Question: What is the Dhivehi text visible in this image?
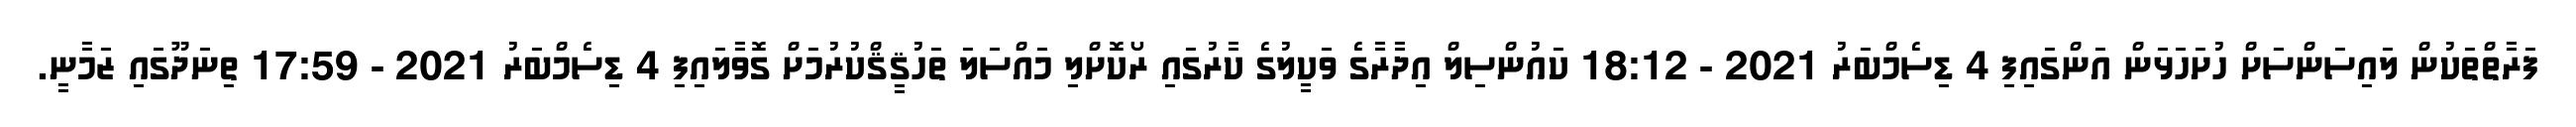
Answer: ފަރާތްތަކުން ލައިސަންސަަށް ހުށަހަޅަން އަންގައިފި 4 ޑިސެމްބަރު 2021 - 18:12 ކައުންސިލް އިދާރާގެ ވަކީލުގެ ކާރުގައި ރޯކޮށްލި މައްސަލަ ތަހުޤީޤްކުރުމަށް ގޮވާލައިފި 4 ޑިސެމްބަރު 2021 - 17:59 ތިނަދޫގައި ޒަމާނީ.